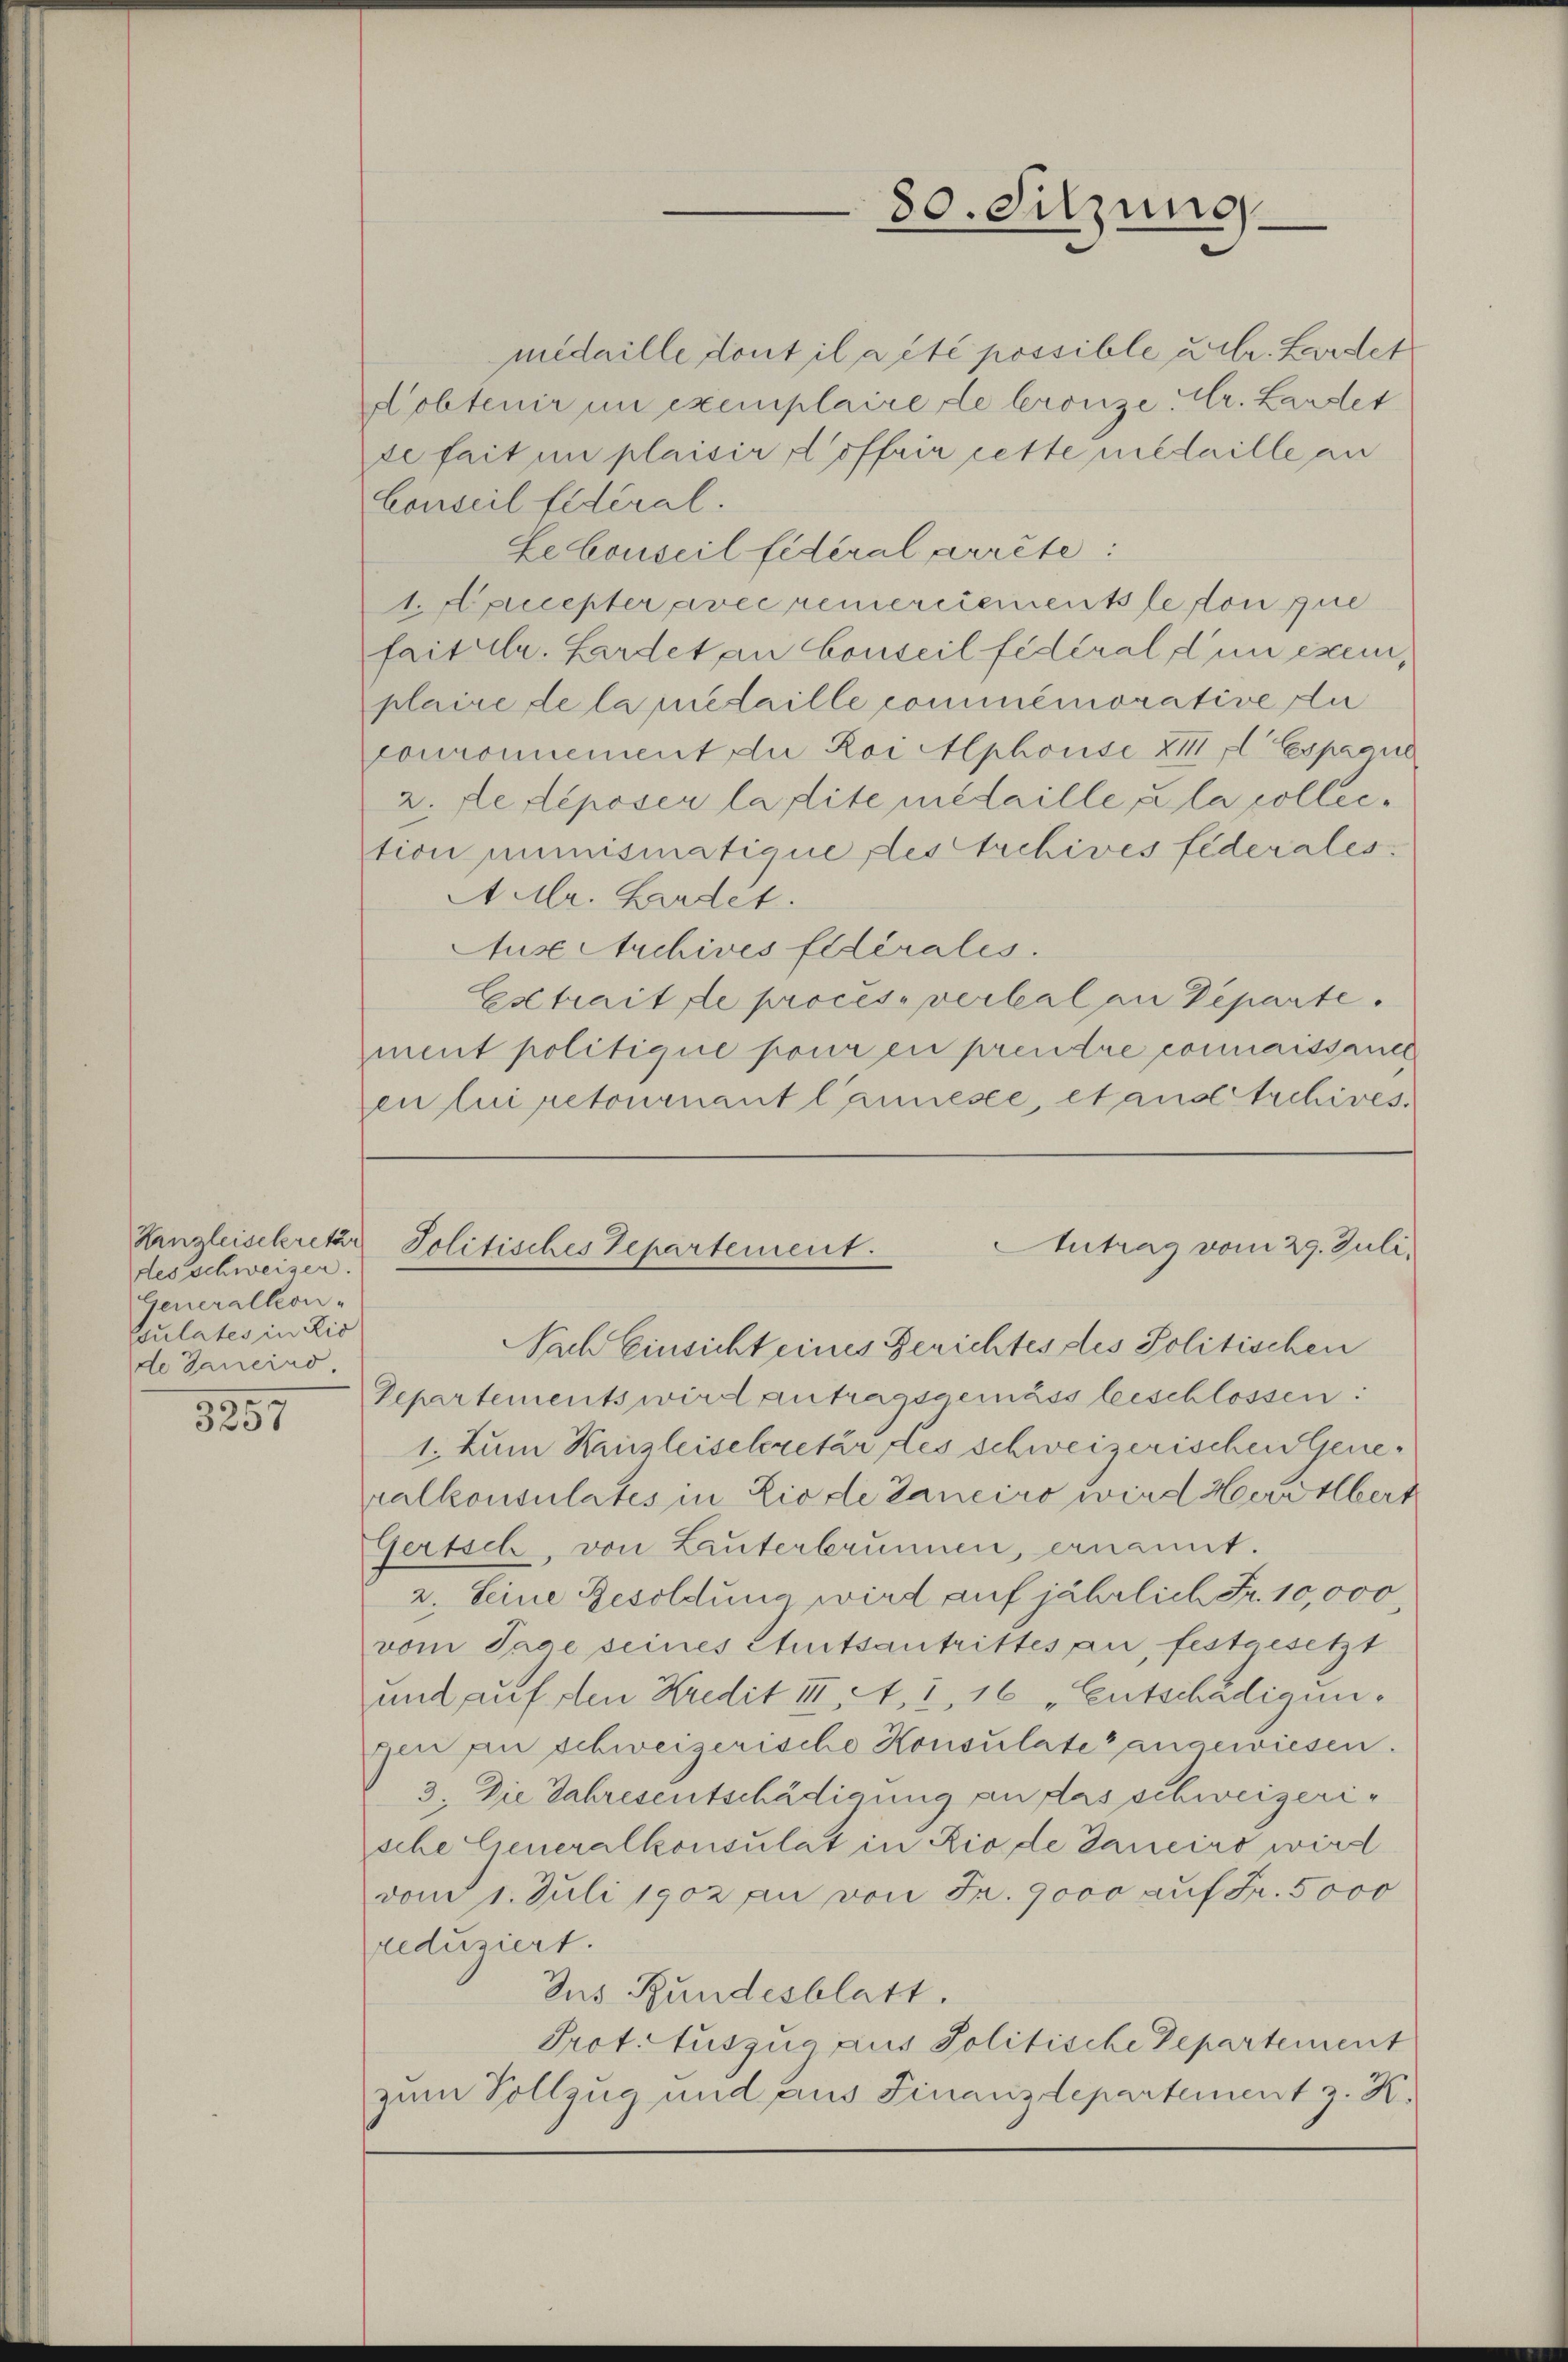
Kanzleisekretär
des schweiser.
Generalkon-
Edulates in Lio
de Janeind

3257

medaille dont il a été possible u. hr. Hardet
Dobtenir in exemplaire de bronzer. Lardet
se fait in plaisir d’offrir cette medaille an
Conseil fédéral.
Lebonseil fidéral arrête:
1Apuester avec remerciements le von zue
faitale. Lardet an Conseil fédéral d’un exen,
plaire de la metaille commemorative du
couronnement die Loi Mphouse XIII fl Espaane
2. de déposer la site medaille u la collection mimismatique desstrchives fiderales.
AUlr. Landet.
AusAtuchives Eldérales.
Estrait de process verkal an Departe.
ment politique pour en prendre connaissance
en lui retournant lanese, et and Archives.

80. Sitzung

Antrag vom 29. Juli.
Jolitisches Departement.

Departements wird antragsgemäss beschlossen:
1. Zum Kanzleisekretär des schweizerischen Generalkonsulates in Liode daneiro wird Herr Herz
Gertsch, von Lauterbrunnen, ernannt.
2. Seine Besoldung wird auf jährlich Fr. 10,000
vom Tage seines Amtsantrittes an, festgesetzt
und auf den Kredit III. A. 1, 16 „Entschädigungen an schweizerische Konsulate angewiesen.
3. Die Jahresentschädigung an das schweizerische Lieneralkonsulat in Rio de Daneiro wird
vom 1. Juli 1902 an von Fr. 9000 auf Fr. 5000
reduziert.
Zus Bundesblatt.
Prot. Auszug aus Politische Departement
zum Vollzug und aus Finanzdepartement z. K.

Nach Einsicht eines Gerichtes des Politischen